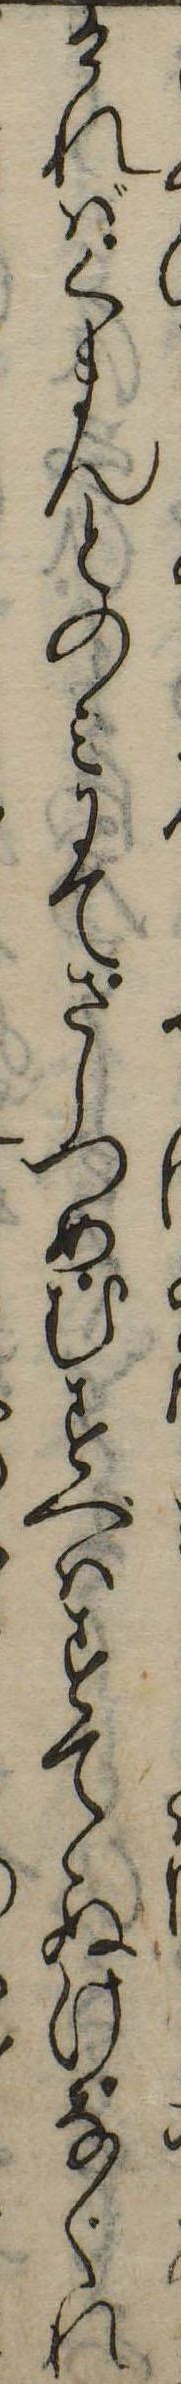
ければくまんとのみにてさしつめむすべはすてゝぬけなぐれ